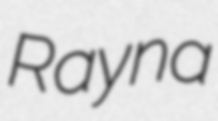
Rayna